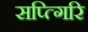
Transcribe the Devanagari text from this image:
सप्त्गिरि